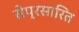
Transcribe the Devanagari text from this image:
सेप्रसारित